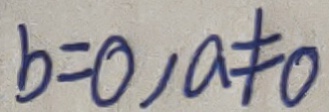
b = 0 , a \neq 0